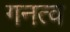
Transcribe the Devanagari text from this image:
गनत्व